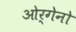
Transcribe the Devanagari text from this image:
ओर्गेनो